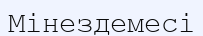
Мінездемесі